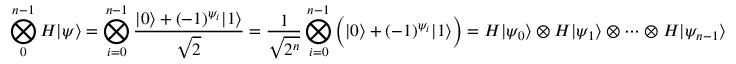
\bigotimes _ { 0 } ^ { n - 1 } H | \psi \rangle = \bigotimes _ { i = 0 } ^ { n - 1 } { \frac { | 0 \rangle + ( - 1 ) ^ { \psi _ { i } } | 1 \rangle } { \sqrt { 2 } } } = { \frac { 1 } { \sqrt { 2 ^ { n } } } } \bigotimes _ { i = 0 } ^ { n - 1 } { \Big ( } | 0 \rangle + ( - 1 ) ^ { \psi _ { i } } | 1 \rangle { \Big ) } = H | \psi _ { 0 } \rangle \otimes H | \psi _ { 1 } \rangle \otimes \cdots \otimes H | \psi _ { n - 1 } \rangle